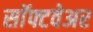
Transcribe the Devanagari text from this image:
साॅफ्टवेअर